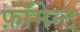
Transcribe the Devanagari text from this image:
फ़ॉमेन्ट